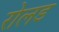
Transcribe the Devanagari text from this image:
रोलड